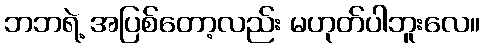
ဘဘရဲ့ အပြစ်တော့လည်း မဟုတ်ပါဘူးလေ။